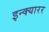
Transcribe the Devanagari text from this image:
इन्क्यारर